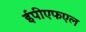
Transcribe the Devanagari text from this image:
ईपीएफएल